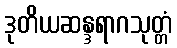
ဒုတိယဆန္ဒရာဂသုတ္တံ